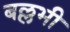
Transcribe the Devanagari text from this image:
बल्लभी